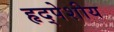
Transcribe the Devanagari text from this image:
हृद्पेशीय